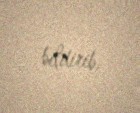
bildirib.